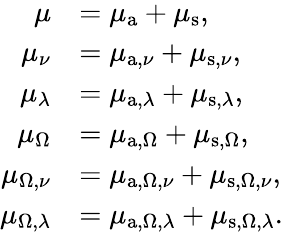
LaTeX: {\begin{array}{rl}{\mu}&{=\mu_{\mathrm{a}}+\mu_{\mathrm{s}},}\\ {\mu_{\nu}}&{=\mu_{\mathrm{a},\nu}+\mu_{\mathrm{s},\nu},}\\ {\mu_{\lambda}}&{=\mu_{\mathrm{a},\lambda}+\mu_{\mathrm{s},\lambda},}\\ {\mu_{\Omega}}&{=\mu_{\mathrm{a},\Omega}+\mu_{\mathrm{s},\Omega},}\\ {\mu_{\Omega,\nu}}&{=\mu_{\mathrm{a},\Omega,\nu}+\mu_{\mathrm{s},\Omega,\nu},}\\ {\mu_{\Omega,\lambda}}&{=\mu_{\mathrm{a},\Omega,\lambda}+\mu_{\mathrm{s},\Omega,\lambda}.}\end{array}}